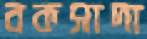
বকসাদা